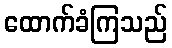
ထောက်ခံကြသည်